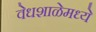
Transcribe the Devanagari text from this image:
वेधशाळेमध्ये